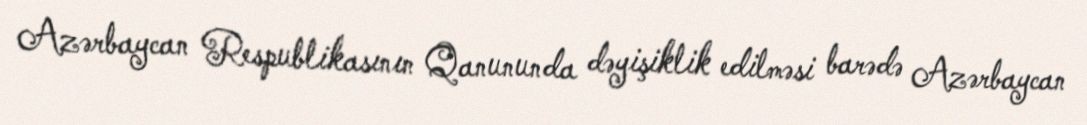
Azərbaycan Respublikasının Qanununda dəyişiklik edilməsi barədə Azərbaycan